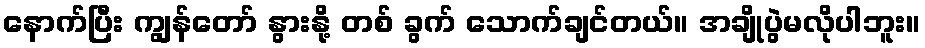
နောက်ပြီး ကျွန်တော် နွားနို့ တစ် ခွက် သောက်ချင်တယ်။ အချိုပွဲမလိုပါဘူး။